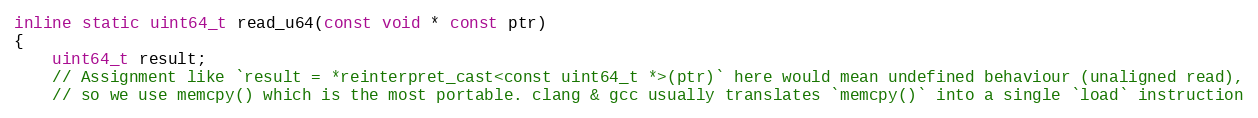
Language: C
inline static uint64_t read_u64(const void * const ptr)
{
    uint64_t result;
    // Assignment like `result = *reinterpret_cast<const uint64_t *>(ptr)` here would mean undefined behaviour (unaligned read),
    // so we use memcpy() which is the most portable. clang & gcc usually translates `memcpy()` into a single `load` instruction